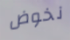
نخوض